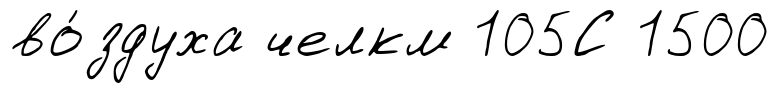
во́здуха челкм 105С 1500